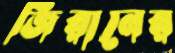
জিরানের